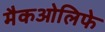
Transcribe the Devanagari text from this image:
मैकओलिफे